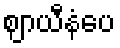
ဈာယီနံပေ